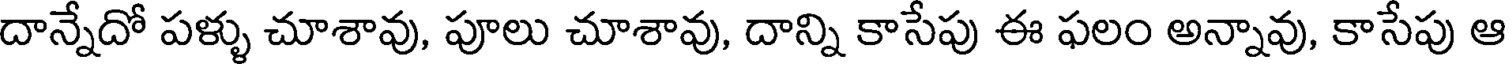
దాన్నేదో పళ్ళు చూశావు, పూలు చూశావు, దాన్ని కాసేపు ఈ ఫలం అన్నావు, కాసేపు ఆ